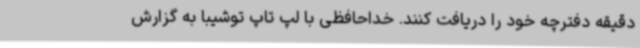
دقیقه دفترچه خود را دریافت کنند. خداحافظی با لپ تاپ توشیبا به گزارش